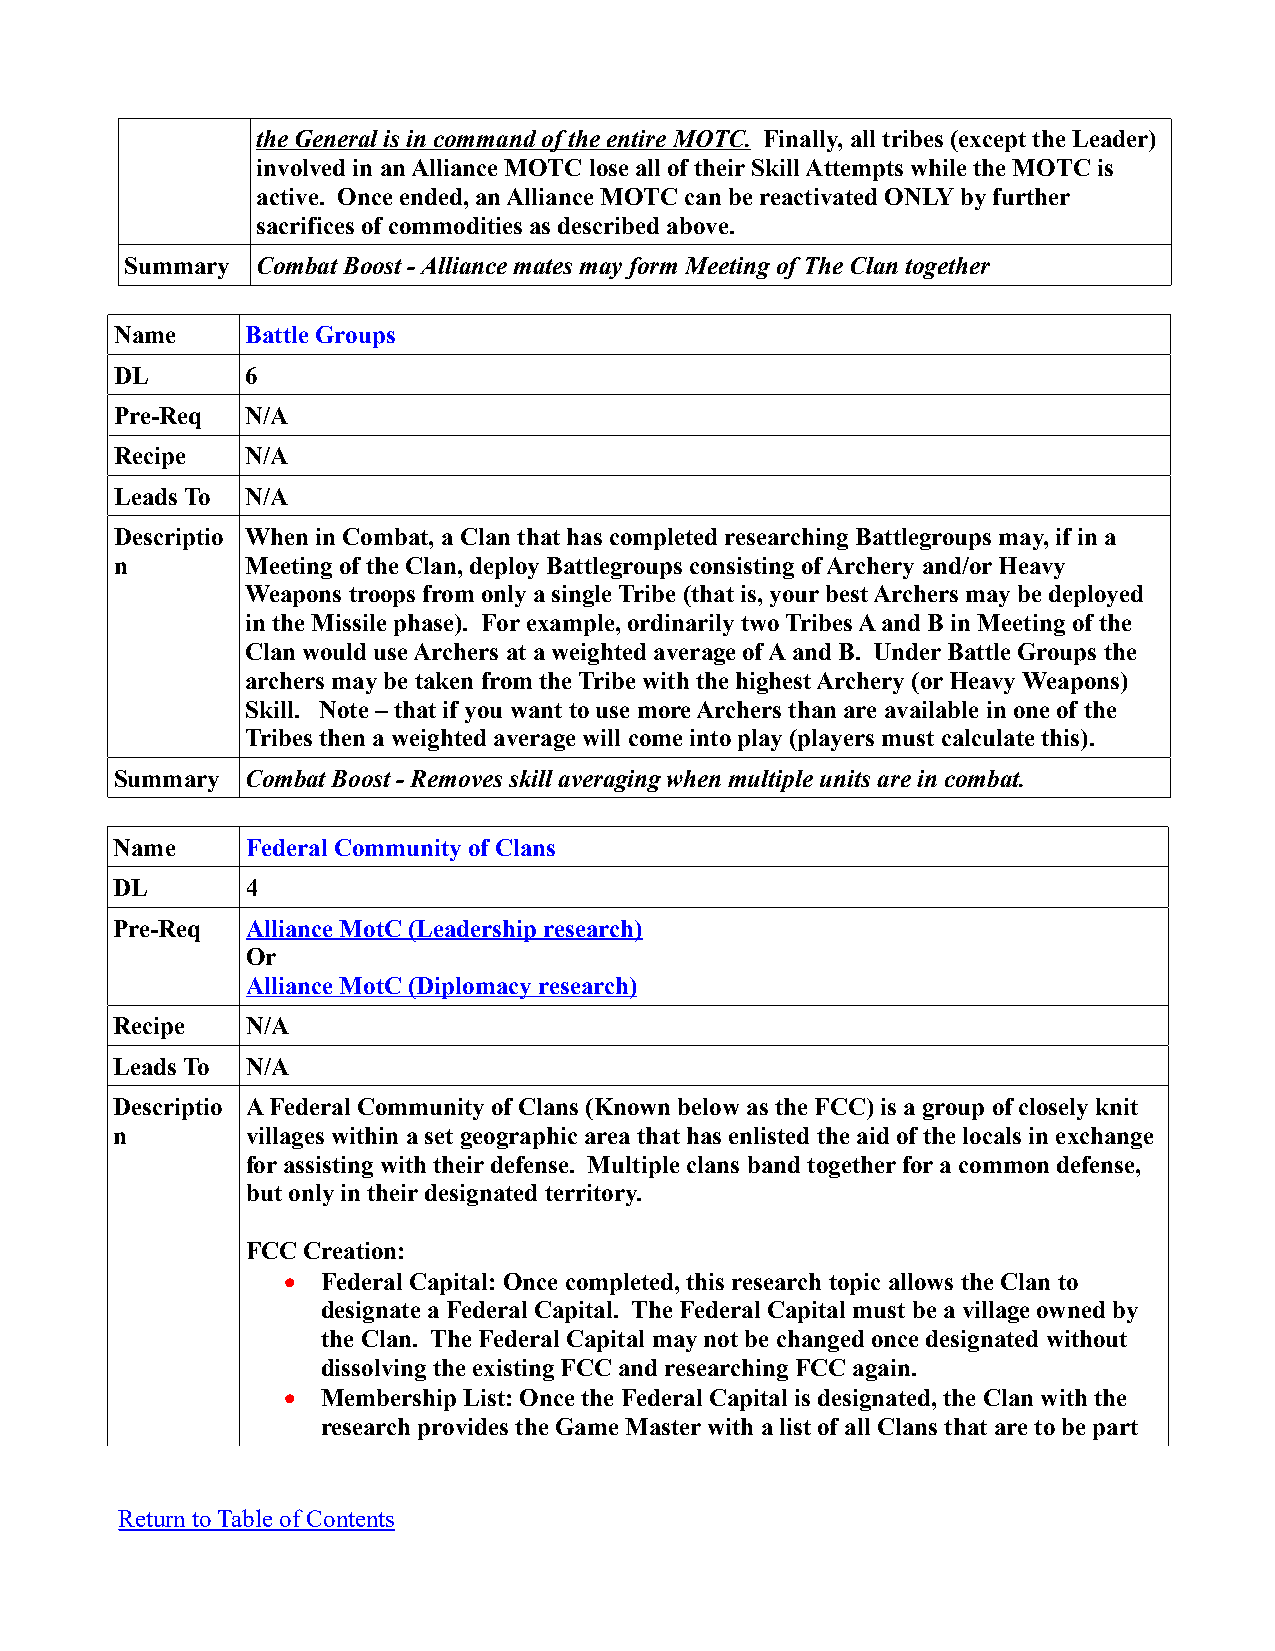
the General is in command of the entire MOTC. Finally, all tribes (except the Leader)
 involved in an Alliance MOTC lose all of their Skill Attempts while the MOTC is
 active. Once ended, an Alliance MOTC can be reactivated ONLY by further
 sacrifices of commodities as described above.
 Summary  Combat Boost - Alliance mates may form Meeting of The Clan together
 Name    Battle Groups
 DL      6
 Pre-Req N/A
 Recipe  N/A
 Leads To N/A
 Descriptio When in Combat, a Clan that has completed researching Battlegroups may, if in a
 n       Meeting of the Clan, deploy Battlegroups consisting of Archery and/or Heavy
 Weapons troops from only a single Tribe (that is, your best Archers may be deployed
 in the Missile phase). For example, ordinarily two Tribes A and B in Meeting of the
 Clan would use Archers at a weighted average of A and B. Under Battle Groups the
 archers may be taken from the Tribe with the highest Archery (or Heavy Weapons)
 Skill. Note – that if you want to use more Archers than are available in one of the
 Tribes then a weighted average will come into play (players must calculate this).
 Summary Combat Boost - Removes skill averaging when multiple units are in combat.
 Name     Federal Community of Clans
 DL       4
 Pre-Req  Alliance MotC (Leadership research)
 Or
 Alliance MotC (Diplomacy research)
 Recipe   N/A
 Leads To N/A
 Descriptio A Federal Community of Clans (Known below as the FCC) is a group of closely knit
 n        villages within a set geographic area that has enlisted the aid of the locals in exchange
 for assisting with their defense. Multiple clans band together for a common defense,
 but only in their designated territory.
 FCC Creation:
  Federal Capital: Once completed, this research topic allows the Clan to
 designate a Federal Capital. The Federal Capital must be a village owned by
 the Clan. The Federal Capital may not be changed once designated without
 dissolving the existing FCC and researching FCC again.
  Membership List: Once the Federal Capital is designated, the Clan with the
 research provides the Game Master with a list of all Clans that are to be part
 Return to Table of Contents